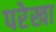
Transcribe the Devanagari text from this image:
परेखा